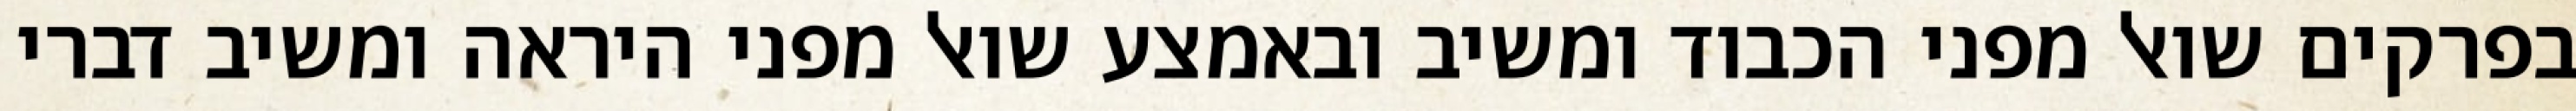
בפרקים שואל מפני הכבוד ומשיב ובאמצע שואל מפני היראה ומשיב דברי